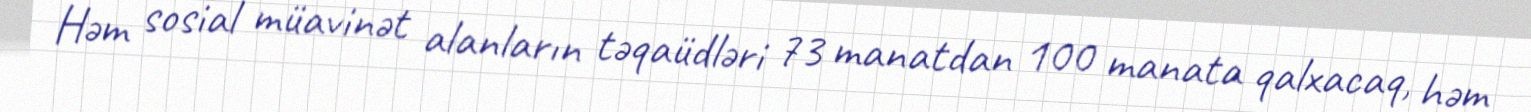
Həm sosial müavinət alanların təqaüdləri 73 manatdan 100 manata qalxacaq, həm